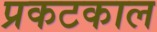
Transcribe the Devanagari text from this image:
प्रकटकाल